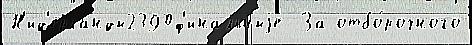
Н'ид'ерланды2390ф'инальныjе  За отбо́рочного